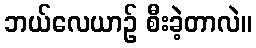
ဘယ်လေယာဉ် စီးခဲ့တာလဲ။